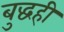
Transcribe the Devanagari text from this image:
बुद्धही